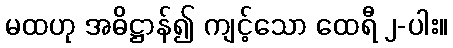
မထဟု အဓိဋ္ဌာန်၍ ကျင့်သော ထေရီ ၂-ပါး။